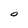
Character: 0